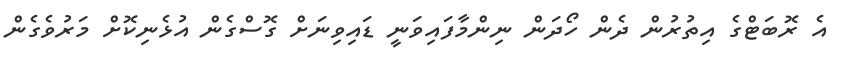
އެ ރޮބަޓްގެ އިތުރުން ދެން ހޯދަން ނިންމާފައިވަނީ ޑައިވިނަށް ގޮސްގެން އުޅެނިކޮށް މަރުވެގެން